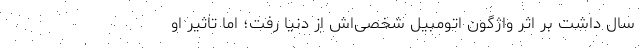
سال داشت بر اثر واژگون اتومبیل شخصی‌اش از دنیا رفت؛ اما تاثیر او